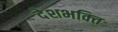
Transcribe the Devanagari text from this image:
देशभक्‍ित